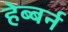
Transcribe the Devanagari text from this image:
हेब्बर्न